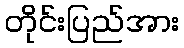
တိုင်းပြည်အား